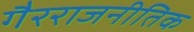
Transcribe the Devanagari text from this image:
गैरराजनीतिक